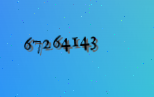
67264143